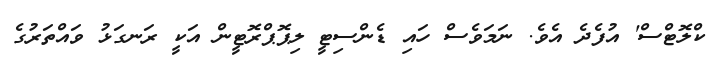
ކްލޮޓްސް' އުފެދެ އެވެ. ނަމަވެސް ހައި ޑެންސިޓީ ލިޕޮޕްރޮޓީން އަކީ ރަނގަޅު ވައްތަރުގެ